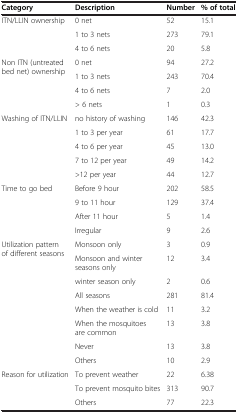
<table><thead><tr><td><b>Category</b></td><td><b>Description</b></td><td><b>Number</b></td><td><b>% of total</b></td></tr></thead><tbody><tr><td rowspan="3">ITN/LLIN ownership</td><td>0 net</td><td>52</td><td>15.1</td></tr><tr><td>1 to 3 nets</td><td>273</td><td>79.1</td></tr><tr><td>4 to 6 nets</td><td>20</td><td>5.8</td></tr><tr><td rowspan="4">Non ITN (untreated bed net) ownership</td><td>0 net</td><td>94</td><td>27.2</td></tr><tr><td>1 to 3 nets</td><td>243</td><td>70.4</td></tr><tr><td>4 to 6 nets</td><td>7</td><td>2.0</td></tr><tr><td>&gt; 6 nets</td><td>1</td><td>0.3</td></tr><tr><td rowspan="5">Washing of ITN/LLIN</td><td>no history of washing</td><td>146</td><td>42.3</td></tr><tr><td>1 to 3 per year</td><td>61</td><td>17.7</td></tr><tr><td>4 to 6 per year</td><td>45</td><td>13.0</td></tr><tr><td>7 to 12 per year</td><td>49</td><td>14.2</td></tr><tr><td>&gt;12 per year</td><td>44</td><td>12.7</td></tr><tr><td rowspan="4">Time to go bed</td><td>Before 9 hour</td><td>202</td><td>58.5</td></tr><tr><td>9 to 11 hour</td><td>129</td><td>37.4</td></tr><tr><td>After 11 hour</td><td>5</td><td>1.4</td></tr><tr><td>Irregular</td><td>9</td><td>2.6</td></tr><tr><td rowspan="8">Utilization pattern of different seasons</td><td>Monsoon only</td><td>3</td><td>0.9</td></tr><tr><td>Monsoon and winter seasons only</td><td>12</td><td>3.4</td></tr><tr><td>winter season only</td><td>2</td><td>0.6</td></tr><tr><td>All seasons</td><td>281</td><td>81.4</td></tr><tr><td>When the weather is cold</td><td>11</td><td>3.2</td></tr><tr><td>When the mosquitoes are common</td><td>13</td><td>3.8</td></tr><tr><td>Never</td><td>13</td><td>3.8</td></tr><tr><td>Others</td><td>10</td><td>2.9</td></tr><tr><td rowspan="3">Reason for utilization</td><td>To prevent weather</td><td>22</td><td>6.38</td></tr><tr><td>To prevent mosquito bites</td><td>313</td><td>90.7</td></tr><tr><td>Others</td><td>77</td><td>22.3</td></tr></tbody></table>